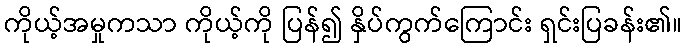
ကိုယ့်အမှုကသာ ကိုယ့်ကို ပြန်၍ နှိပ်ကွက်ကြောင်း ရှင်းပြခန်း၏။